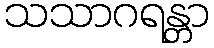
သသာဂရန္တာ